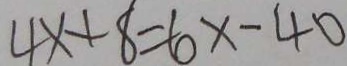
4 x + 8 = 6 x - 4 0